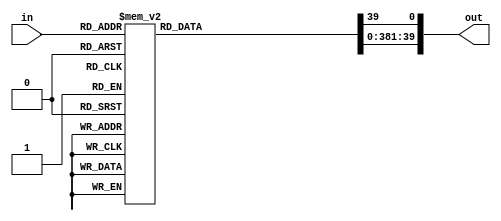
module decoder(in,out);
input [5:0] in;
output [39:0] out;

reg [39:0]out;

always@(in)
begin
 out = 40'd0;
case (in)
0: out[0]=1'b1;
1: out[1]=1'b1;
2: out[2]=1'b1;
3: out[3]=1'b1;
4: out[4]=1'b1;
5: out[5]=1'b1;
6: out[6]=1'b1;
7: out[7]=1'b1;
8: out[8]=1'b1;
9: out[9]=1'b1;
10: out[10]=1'b1;
11: out[11]=1'b1;
12: out[12]=1'b1;
13: out[13]=1'b1;
14: out[14]=1'b1;
15: out[15]=1'b1;
16: out[16]=1'b1;
17: out[17]=1'b1;
18: out[18]=1'b1;
19: out[19]=1'b1;
20: out[20]=1'b1;
21: out[21]=1'b1;
22: out[22]=1'b1;
23: out[23]=1'b1;
24: out[24]=1'b1;
25: out[25]=1'b1;
26: out[26]=1'b1;
27: out[27]=1'b1;
28: out[28]=1'b1;
29: out[29]=1'b1;
30: out[30]=1'b1;
31: out[31]=1'b1;
32: out[32]=1'b1;
33: out[33]=1'b1;
34: out[34]=1'b1;
35: out[35]=1'b1;
36: out[36]=1'b1;
37: out[37]=1'b1;
38: out[38]=1'b1;
39: out[39]=1'b1;
endcase
end
endmodule